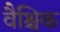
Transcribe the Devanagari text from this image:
वैश्चिक